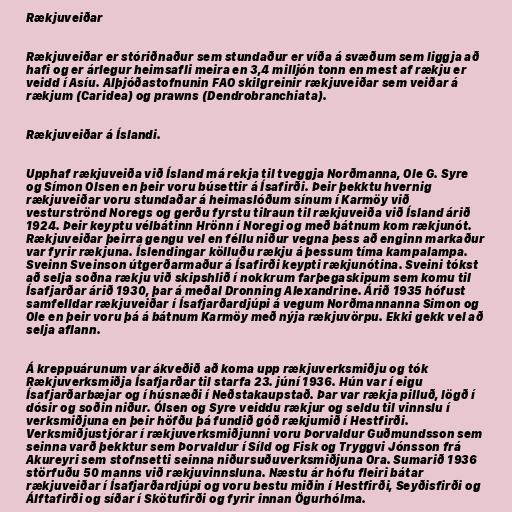
Rækjuveiðar

Rækjuveiðar er stóriðnaður sem stundaður er víða á svæðum sem liggja að
hafi og er árlegur heimsafli meira en 3,4 milljón tonn en mest af rækju er
veidd í Asíu. Alþjóðastofnunin FAO skilgreinir rækjuveiðar sem veiðar á
rækjum (Caridea) og prawns (Dendrobranchiata).

Rækjuveiðar á Íslandi.

Upphaf rækjuveiða við Ísland má rekja til tveggja Norðmanna, Ole G. Syre
og Símon Olsen en þeir voru búsettir á Ísafirði. Þeir þekktu hvernig
rækjuveiðar voru stundaðar á heimaslóðum sínum í Karmöy við
vesturströnd Noregs og gerðu fyrstu tilraun til rækjuveiða við Ísland árið
1924. Þeir keyptu vélbátinn Hrönn í Noregi og með bátnum kom rækjunót.
Rækjuveiðar þeirra gengu vel en féllu niður vegna þess að enginn markaður
var fyrir rækjuna. Íslendingar kölluðu rækju á þessum tíma kampalampa.
Sveinn Sveinson útgerðarmaður á Ísafirði keypti rækjunótina. Sveini tókst
að selja soðna rækju við skipshlið í nokkrum farþegaskipum sem komu til
Ísafjarðar árið 1930, þar á meðal Dronning Alexandrine. Árið 1935 hófust
samfelldar rækjuveiðar í Ísafjarðardjúpi á vegum Norðmannanna Simon og
Ole en þeir voru þá á bátnum Karmöy með nýja rækjuvörpu. Ekki gekk vel að
selja aflann.

Á kreppuárunum var ákveðið að koma upp rækjuverksmiðju og tók
Rækjuverksmiðja Ísafjarðar til starfa 23. júní 1936. Hún var í eigu
Ísafjarðarbæjar og í húsnæði í Neðstakaupstað. Þar var rækja pilluð, lögð í
dósir og soðin niður. Ólsen og Syre veiddu rækjur og seldu til vinnslu í
verksmiðjuna en þeir höfðu þá fundið góð rækjumið í Hestfirði.
Verksmiðjustjórar í rækjuverksmiðjunni voru Þorvaldur Guðmundsson sem
seinna varð þekktur sem Þorvaldur í Síld og Fisk og Tryggvi Jónsson frá
Akureyri sem stofnsetti seinna niðursuðuverksmiðjuna Ora. Sumarið 1936
störfuðu 50 manns við rækjuvinnsluna. Næstu ár hófu fleiri bátar
rækjuveiðar í Ísafjarðardjúpi og voru bestu miðin í Hestfirði, Seyðisfirði og
Álftafirði og síðar í Skötufirði og fyrir innan Ögurhólma.